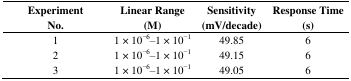
<table><thead><tr><td><b>Experiment No.</b></td><td><b>Linear Range (M)</b></td><td><b>Sensitivity (mV/decade)</b></td><td><b>Response Time (s)</b></td></tr></thead><tbody><tr><td>1</td><td>1 × 10<sup>−6</sup>–1 × 10<sup>−1</sup></td><td>49.85</td><td>6</td></tr><tr><td>2</td><td>1 × 10<sup>−6</sup>–1 × 10<sup>−1</sup></td><td>49.15</td><td>6</td></tr><tr><td>3</td><td>1 × 10<sup>−6</sup>–1 × 10<sup>−1</sup></td><td>49.05</td><td>6</td></tr></tbody></table>